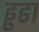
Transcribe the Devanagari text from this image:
ढ्ढढा